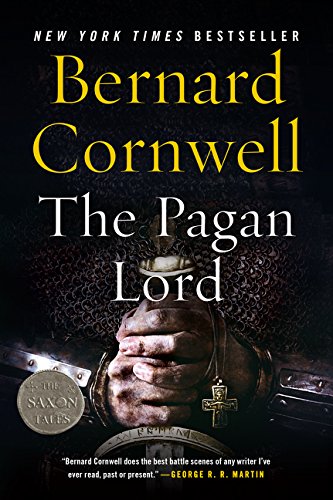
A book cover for The Pagan Lord: A Novel (Saxon Tales); Bernard Cornwell; Literature & Fiction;